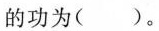
的功为（）。